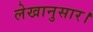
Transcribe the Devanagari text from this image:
लेखानुसार।